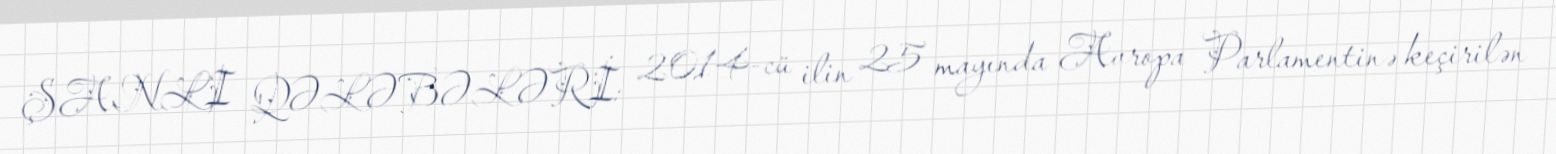
ŞANLI QƏLƏBƏLƏRİ: 2014-cü ilin 25 mayında Avropa Parlamentinə keçirilən